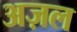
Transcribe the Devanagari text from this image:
अज़ल